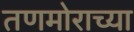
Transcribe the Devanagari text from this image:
तणमोराच्या